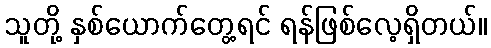
သူတို့ နှစ်ယောက်တွေ့ရင် ရန်ဖြစ်လေ့ရှိတယ်။